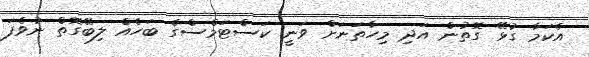
އެކަމާ ގުޅޭ ގޮތުން އަދި މިހާތަނަށް ވަނީ ކަސްޓަމްސްގެ ބަހެއް ލިބޭގޮތް ނުވެފަ